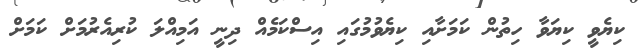
ކިޔެވީ ކިޔަވާ ހިތުން ކަމަށާއި ކިޔެވުމުގައި އިސްކަމެއް ދިނީ އަމިއްލަ ކުރިއެރުމަށް ކަމަށް